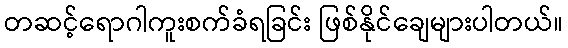
တဆင့်ရောဂါကူးစက်ခံရခြင်း ဖြစ်နိုင်ချေများပါတယ်။